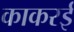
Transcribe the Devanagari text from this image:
काकरई